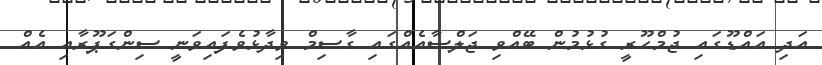
އަދި އައްޑޫގައި ޖުމްހޫރީ ގުޅުމުން ބޭއްވި ޖަލްސާއެއްގައި ގާސިމް ވިދާޅުވެފައިވަނީ ސިންގަޕޫރާއި އެއް